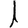
Digit: 1